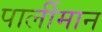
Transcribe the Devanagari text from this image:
पार्लीमान